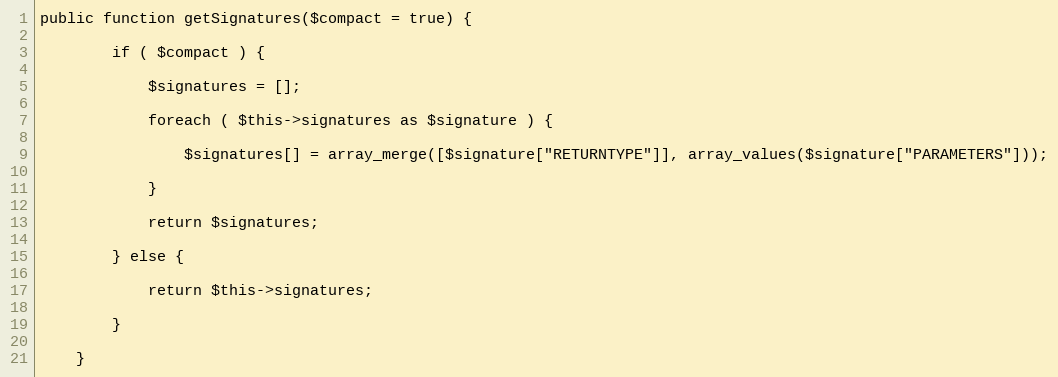
Language: PHP
public function getSignatures($compact = true) {

        if ( $compact ) {

            $signatures = [];

            foreach ( $this->signatures as $signature ) {

                $signatures[] = array_merge([$signature["RETURNTYPE"]], array_values($signature["PARAMETERS"]));

            }

            return $signatures;

        } else {

            return $this->signatures;

        }

    }